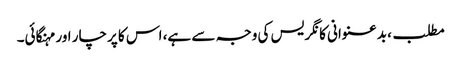
مطلب، بدعنوانی کانگریس کی وجہ سے ہے، اس کا پرچار اور مہنگائی۔